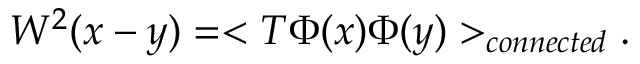
W ^ { 2 } ( x - y ) = < T \Phi ( x ) \Phi ( y ) > _ { c o n n e c t e d } .